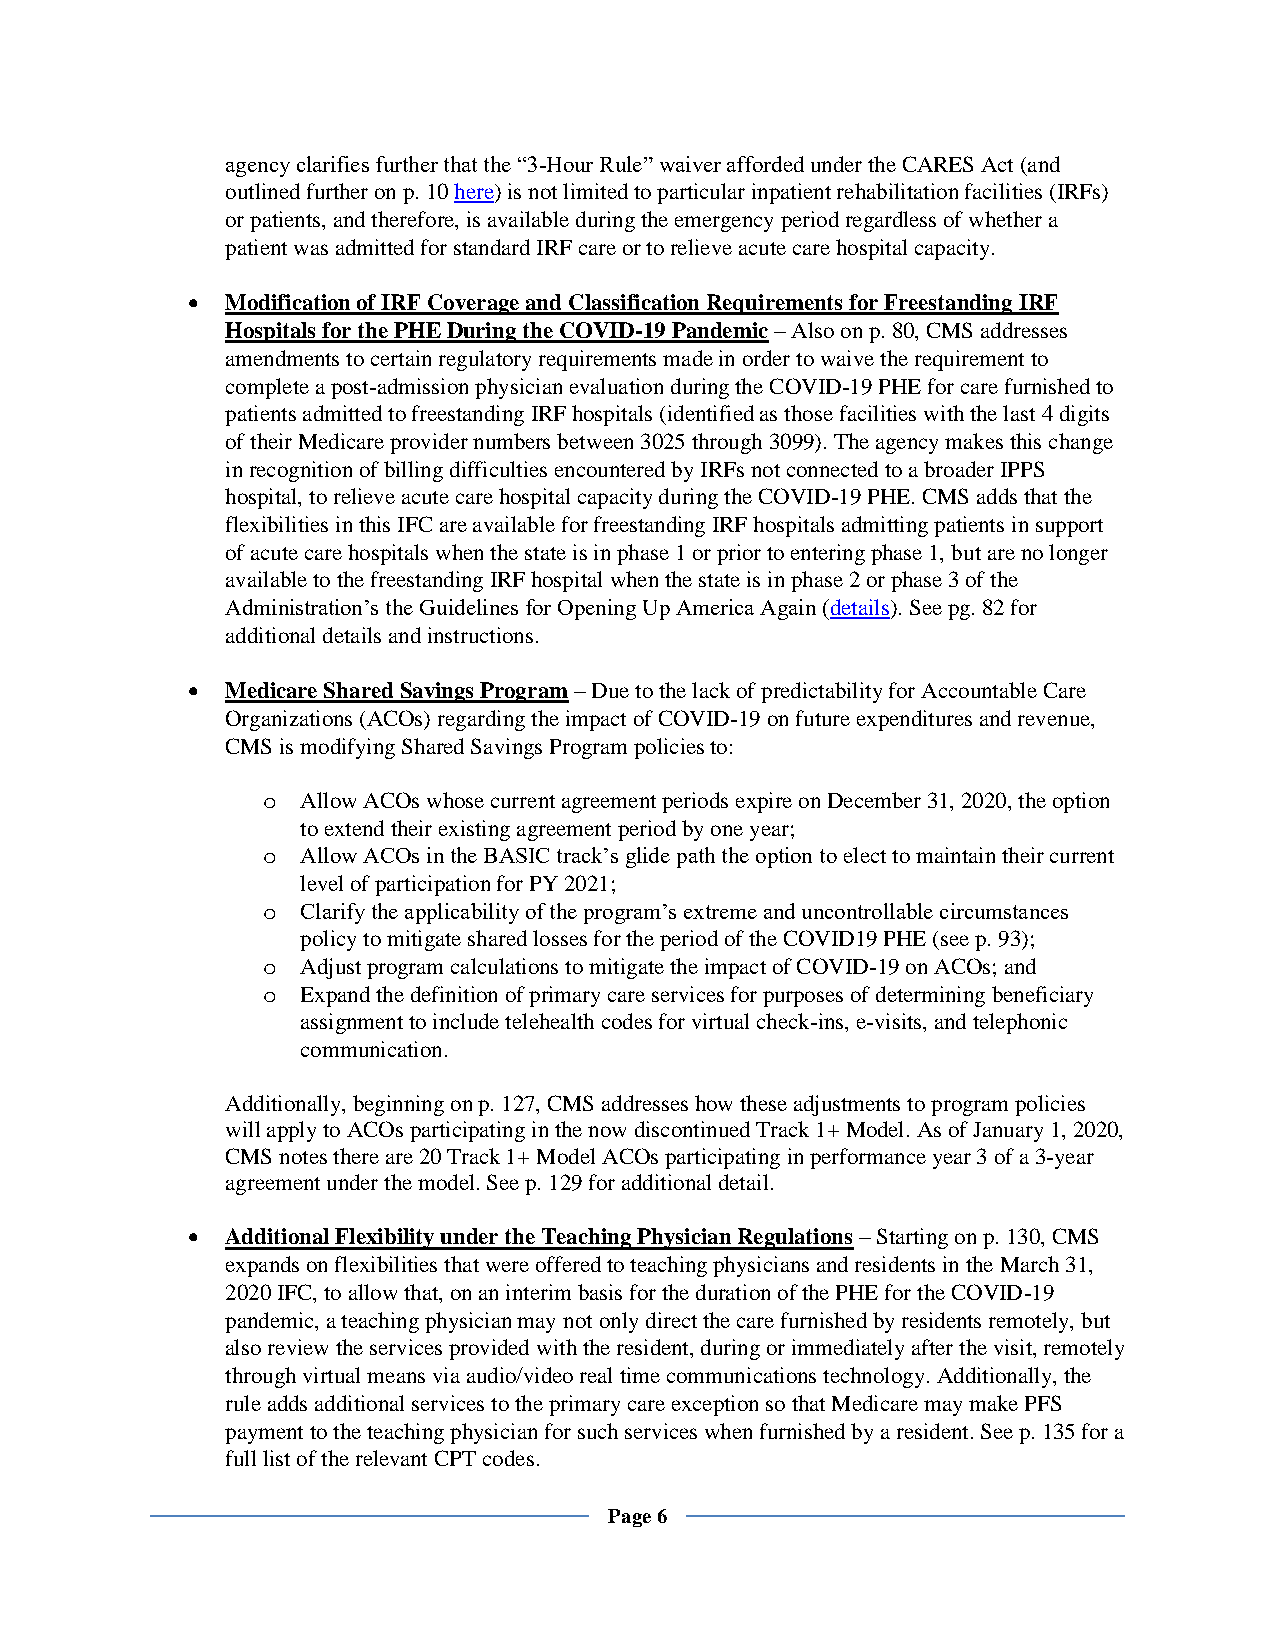
agency clarifies further that the “3-Hour Rule” waiver afforded under the CARES Act (and
 outlined further on p. 10 here) is not limited to particular inpatient rehabilitation facilities (IRFs)
 or patients, and therefore, is available during the emergency period regardless of whether a
 patient was admitted for standard IRF care or to relieve acute care hospital capacity.
 •  Modification of IRF Coverage and Classification Requirements for Freestanding IRF
 Hospitals for the PHE During the COVID-19 Pandemic – Also on p. 80, CMS addresses
 amendments to certain regulatory requirements made in order to waive the requirement to
 complete a post-admission physician evaluation during the COVID-19 PHE for care furnished to
 patients admitted to freestanding IRF hospitals (identified as those facilities with the last 4 digits
 of their Medicare provider numbers between 3025 through 3099). The agency makes this change
 in recognition of billing difficulties encountered by IRFs not connected to a broader IPPS
 hospital, to relieve acute care hospital capacity during the COVID-19 PHE. CMS adds that the
 flexibilities in this IFC are available for freestanding IRF hospitals admitting patients in support
 of acute care hospitals when the state is in phase 1 or prior to entering phase 1, but are no longer
 available to the freestanding IRF hospital when the state is in phase 2 or phase 3 of the
 Administration’s the Guidelines for Opening Up America Again (details). See pg. 82 for
 additional details and instructions.
 •  Medicare Shared Savings Program – Due to the lack of predictability for Accountable Care
 Organizations (ACOs) regarding the impact of COVID-19 on future expenditures and revenue,
 CMS is modifying Shared Savings Program policies to:
 o  Allow ACOs whose current agreement periods expire on December 31, 2020, the option
 to extend their existing agreement period by one year;
 o  Allow ACOs in the BASIC track’s glide path the option to elect to maintain their current
 level of participation for PY 2021;
 o  Clarify the applicability of the program’s extreme and uncontrollable circumstances
 policy to mitigate shared losses for the period of the COVID19 PHE (see p. 93);
 o  Adjust program calculations to mitigate the impact of COVID-19 on ACOs; and
 o  Expand the definition of primary care services for purposes of determining beneficiary
 assignment to include telehealth codes for virtual check-ins, e-visits, and telephonic
 communication.
 Additionally, beginning on p. 127, CMS addresses how these adjustments to program policies
 will apply to ACOs participating in the now discontinued Track 1+ Model. As of January 1, 2020,
 CMS notes there are 20 Track 1+ Model ACOs participating in performance year 3 of a 3-year
 agreement under the model. See p. 129 for additional detail.
 •  Additional Flexibility under the Teaching Physician Regulations – Starting on p. 130, CMS
 expands on flexibilities that were offered to teaching physicians and residents in the March 31,
 2020 IFC, to allow that, on an interim basis for the duration of the PHE for the COVID-19
 pandemic, a teaching physician may not only direct the care furnished by residents remotely, but
 also review the services provided with the resident, during or immediately after the visit, remotely
 through virtual means via audio/video real time communications technology. Additionally, the
 rule adds additional services to the primary care exception so that Medicare may make PFS
 payment to the teaching physician for such services when furnished by a resident. See p. 135 for a
 full list of the relevant CPT codes.
 Page 6